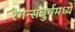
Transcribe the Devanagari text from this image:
रेगन्सबुर्गमध्ये